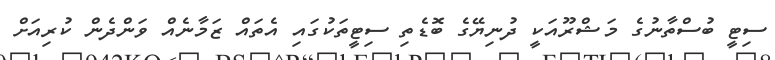
ސިޓީ ބުސްތާނުގެ މަޝްރޫއަކީ ދުނިޔޭގެ ބޮޑެތި ސިޓީތަކުގައި އެތައް ޒަމާނެއް ވަންދެން ކުރިއަށް